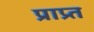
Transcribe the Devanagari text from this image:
प्राप्र्त